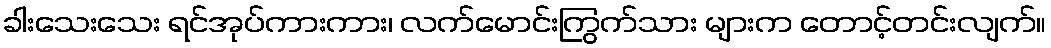
ခါးသေးသေး ရင်အုပ်ကားကား၊ လက်မောင်းကြွက်သား များက တောင့်တင်းလျက်။